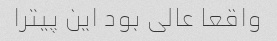
واقعا عالی بود این پیترا